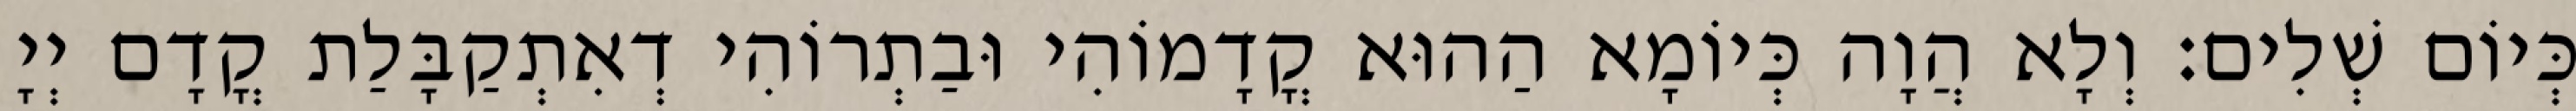
כְּיוֹם שְׁלִים׃ וְלָא הֲוָה כְּיוֹמָא הַהוּא קֳדָמוֹהִי וּבַתְרוֹהִי דְאִתְקַבָּלַת קֳדָם יְיָ